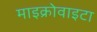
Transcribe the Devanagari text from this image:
माइक्रोवाइटा